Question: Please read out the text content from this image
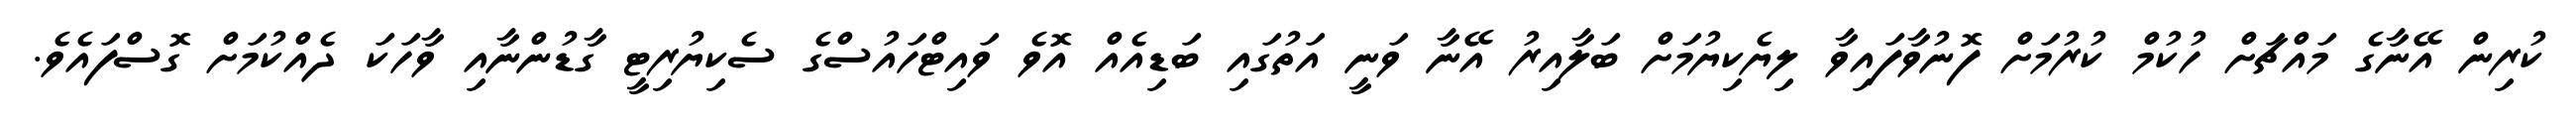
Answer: ކުރިން އޭނާގެ މައްޗަށް ހުކުމް ކުރުމަށް ފޮނުވާފައިވާ ލިޔެކިޔުމަށް ބަލާއިރު އޭނާ ވަނީ އަތުގައި ބަޑިއެއް އޮވެ ވައިޓްހައުސްގެ ސެކިޔުރިޓީ ގާޑުންނާއި ވާހަކަ ދެއްކުމަށް ގޮސްފައެވެ.